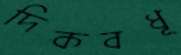
দিকবধূ